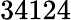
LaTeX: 34124